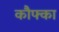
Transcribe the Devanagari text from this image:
कौफ्का